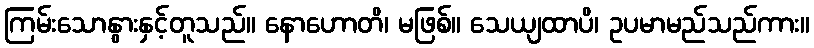
ကြမ်းသောနွားနှင့်တူသည်။ နောဟောတိ၊ မဖြစ်။ သေယျထာပိ၊ ဥပမာမည်သည်ကား။